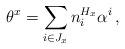
LaTeX: \begin{align*}\theta^x = \sum_{i \in J_x} n_i^{H_x} \alpha^i\,,\end{align*}